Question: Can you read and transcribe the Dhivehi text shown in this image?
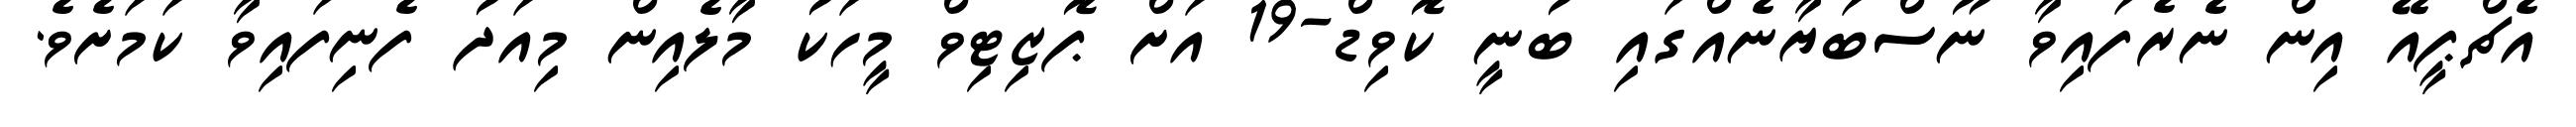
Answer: އެޗްޕީއޭ އިން ނެރެފައިވާ ނޫސްބަޔާނެއްގައި ބުނީ ކޮވިޑް-19 އަށް ޕޮޒިޓިވް މީހަކު މާލެއިން މިއަދު ފެނިފައިވާ ކަމަށެވެ.